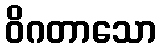
ဝိဂတာသော